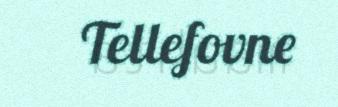
Tellefovne